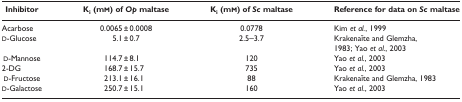
<table><thead><tr><td><b>Inhibitor</b></td><td><b><i>K</i><sub>i</sub> (mm) of <i>Op</i> maltase</b></td><td><b><i>K</i><sub>i</sub> (mm) of <i>Sc</i> maltase</b></td><td><b>Reference for data on <i>Sc</i> maltase</b></td></tr></thead><tbody><tr><td>Acarbose</td><td>0.0065 ± 0.0008</td><td>0.0778</td><td>Kim <i>et al.</i>, 1999</td></tr><tr><td>d‐Glucose</td><td>5.1 ± 0.7</td><td>2.5–3.7</td><td>Krakenaĭte and Glemzha, 1983; Yao <i>et al.</i>, 2003</td></tr><tr><td>d‐Mannose</td><td>114.7 ± 8.1</td><td>120</td><td>Yao <i>et al.</i>, 2003</td></tr><tr><td>2‐DG</td><td>168.7 ± 15.7</td><td>735</td><td>Yao <i>et al.</i>, 2003</td></tr><tr><td>d‐Fructose</td><td>213.1 ± 16.1</td><td>88</td><td>Krakenaĭte and Glemzha, 1983</td></tr><tr><td>d‐Galactose</td><td>250.7 ± 15.1</td><td>160</td><td>Yao <i>et al</i>., 2003</td></tr></tbody></table>